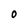
Character: 0